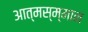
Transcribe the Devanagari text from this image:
आत्मस्म्मान